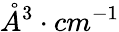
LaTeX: \mathring{A}^{3}\cdot cm^{-1}